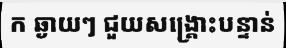
ក ឆ្ងាយៗ ជួយសង្គ្រោះបន្ទាន់